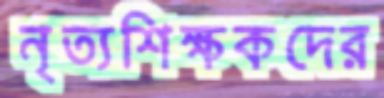
নৃত্যশিক্ষকদের